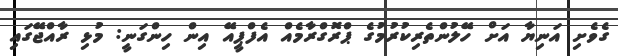
ގެވެށި އަނިޔާ އަށް ހޭލުންތެރިކުރުމުގެ ޕްރޮގްރާމެއް އެފްޕީއޭ އިން ހިންގަނީ: މުޅި ރާއްޖޭގައި